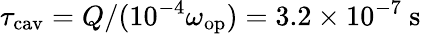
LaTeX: \tau_{\mathrm{cav}}=Q/(10^{-4}\omega_{\mathrm{op}})=3.2\times 10^{-7}~\mathrm{s}